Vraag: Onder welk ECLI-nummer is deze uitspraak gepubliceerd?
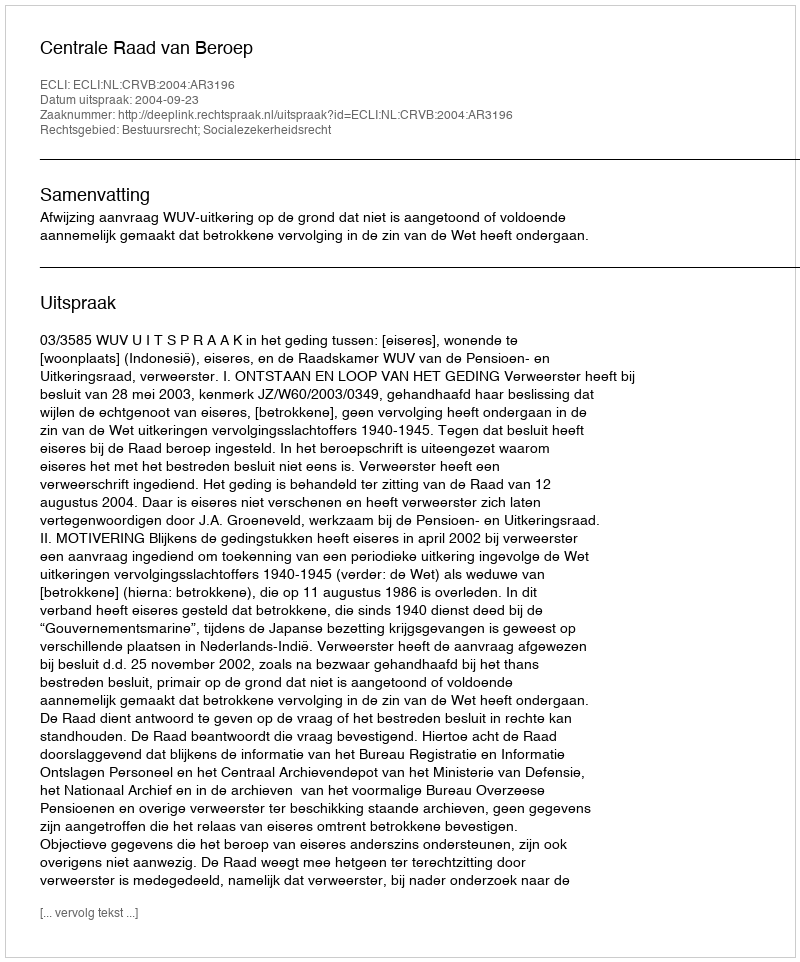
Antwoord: ECLI:NL:CRVB:2004:AR3196